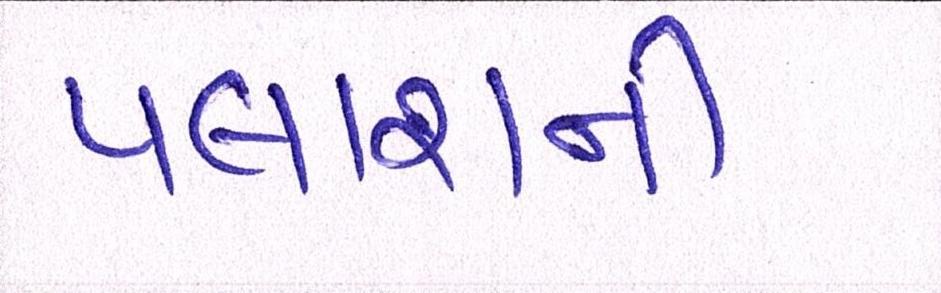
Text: પલાશની